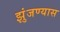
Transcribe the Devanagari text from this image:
झुंजण्यास